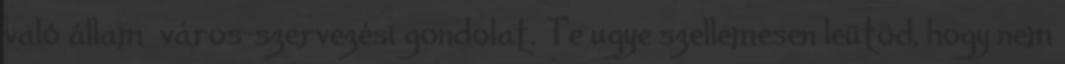
való állam város-szervezési gondolat. Te ugye szellemesen leütöd, hogy nem